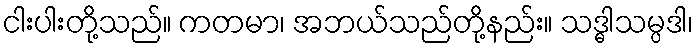
ငါးပါးတို့သည်။ ကတမာ၊ အဘယ်သည်တို့နည်း။ သဒ္ဓါသမ္ပဒါ၊